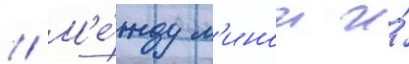
// М'е́жду л'инои и́